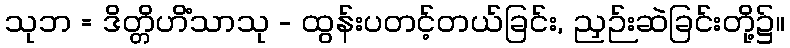
သုဘ = ဒိတ္တိဟိံသာသု - ထွန်းပတင့်တယ်ခြင်း, ညှဉ်းဆဲခြင်းတို့၌။